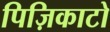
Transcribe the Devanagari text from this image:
पिज़िकाटो